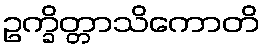
ဥက္ခိတ္တာသိကောတိ